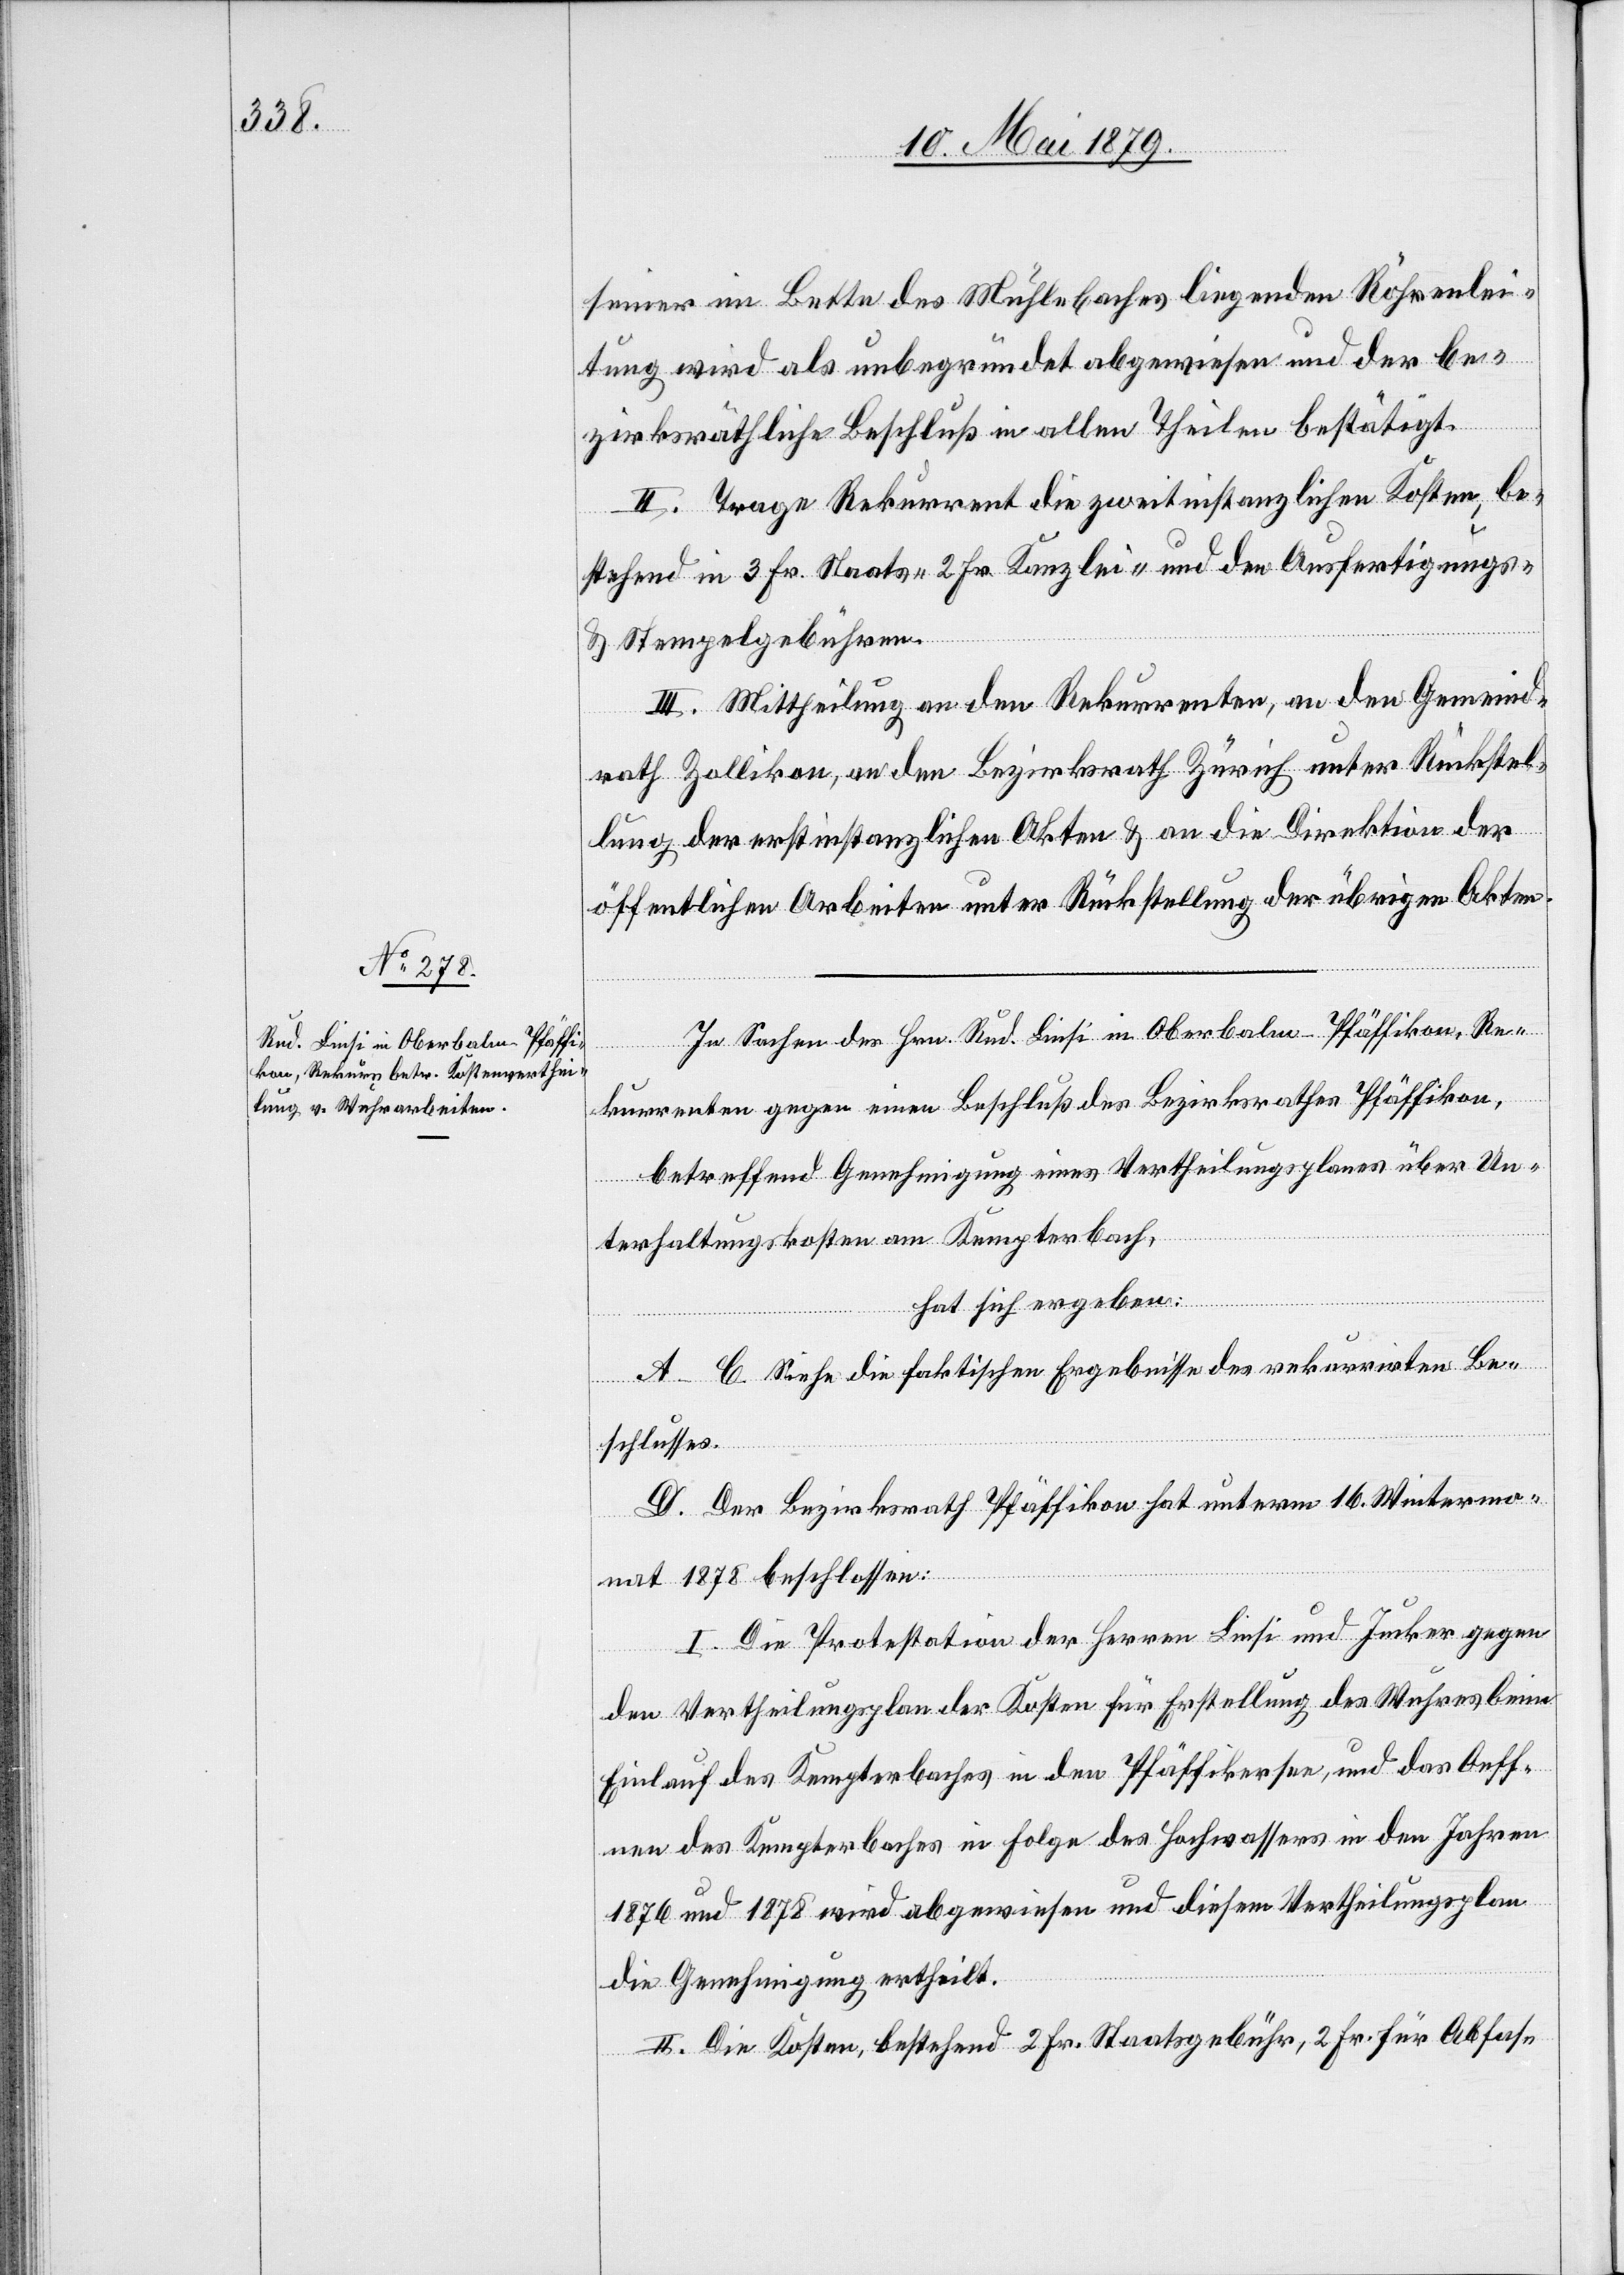
seiner im Bette des Mühlebaches liegenden Röhrenlei¬
tung wird als unbegründet abgewiesen und der be¬
zirksräthliche Beschluß in allen Theilen bestätigt.
II. Trage Rekurrent die zweitinstanzlichen Kosten, be¬
stehend in 3 Fr. Staats- 2 Fr. Kanzlei- und den Ausfertigungs-
& Stempelgebühren.
III. Mittheilung an den Rekurrenten, an den Gemeind¬
rath Zollikon, an den Bezirksrath Zürich unter Rückstel¬
lung der erstinstanzlichen Akten & an die Direktion der
öffentlichen Arbeiten unter Rückstellung der übrigen Akten.
In Sachen des Hrn. Rud. Linsi in Oberbalm - Pfäffikon, Re¬
kurrenten gegen einen Beschluß des Bezirksrathes Pfäffikon,
betreffend Genehmigung eines Vertheilungsplanes über Un¬
terhaltungskosten am Kempterbach,
hat sich ergeben:
A–C. Siehe die faktischen Ergebnisse des rekurrirten Be¬
schlusses.
D. Der Bezirksrath Pfäffikon hat unterm 16. Wintermo¬
nat 1878 beschlossen:
I. Die Protestation der Herren Linsi und Jucker gegen
den Vertheilungsplan der Kosten für Erstellung des Wuhres beim
Einlauf des Kempterbaches in den Pfäffikersee, und das Oeff¬
nen des Kempterbaches in Folge des Hochwassers in den Jahren
1876 und 1878 wird abgewiesen und diesem Vertheilungsplan
die Genehmigung ertheilt.
II. Die Kosten, bestehend [aus] 2 Fr. Staatsgebühr, 2 Fr. für Abfas-